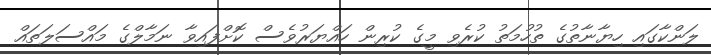
ލަންކާގައި ހިޔާނާތުގެ ތުހުމަތު ކުރެވި މީގެ ކުރިން ހައްޔަރުވެސް ކޮށްފައިވާ ނަމާލްގެ މައްސަލަތައް